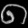
Digit: ၈